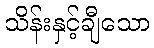
သိန်းနှင့်ချီသော